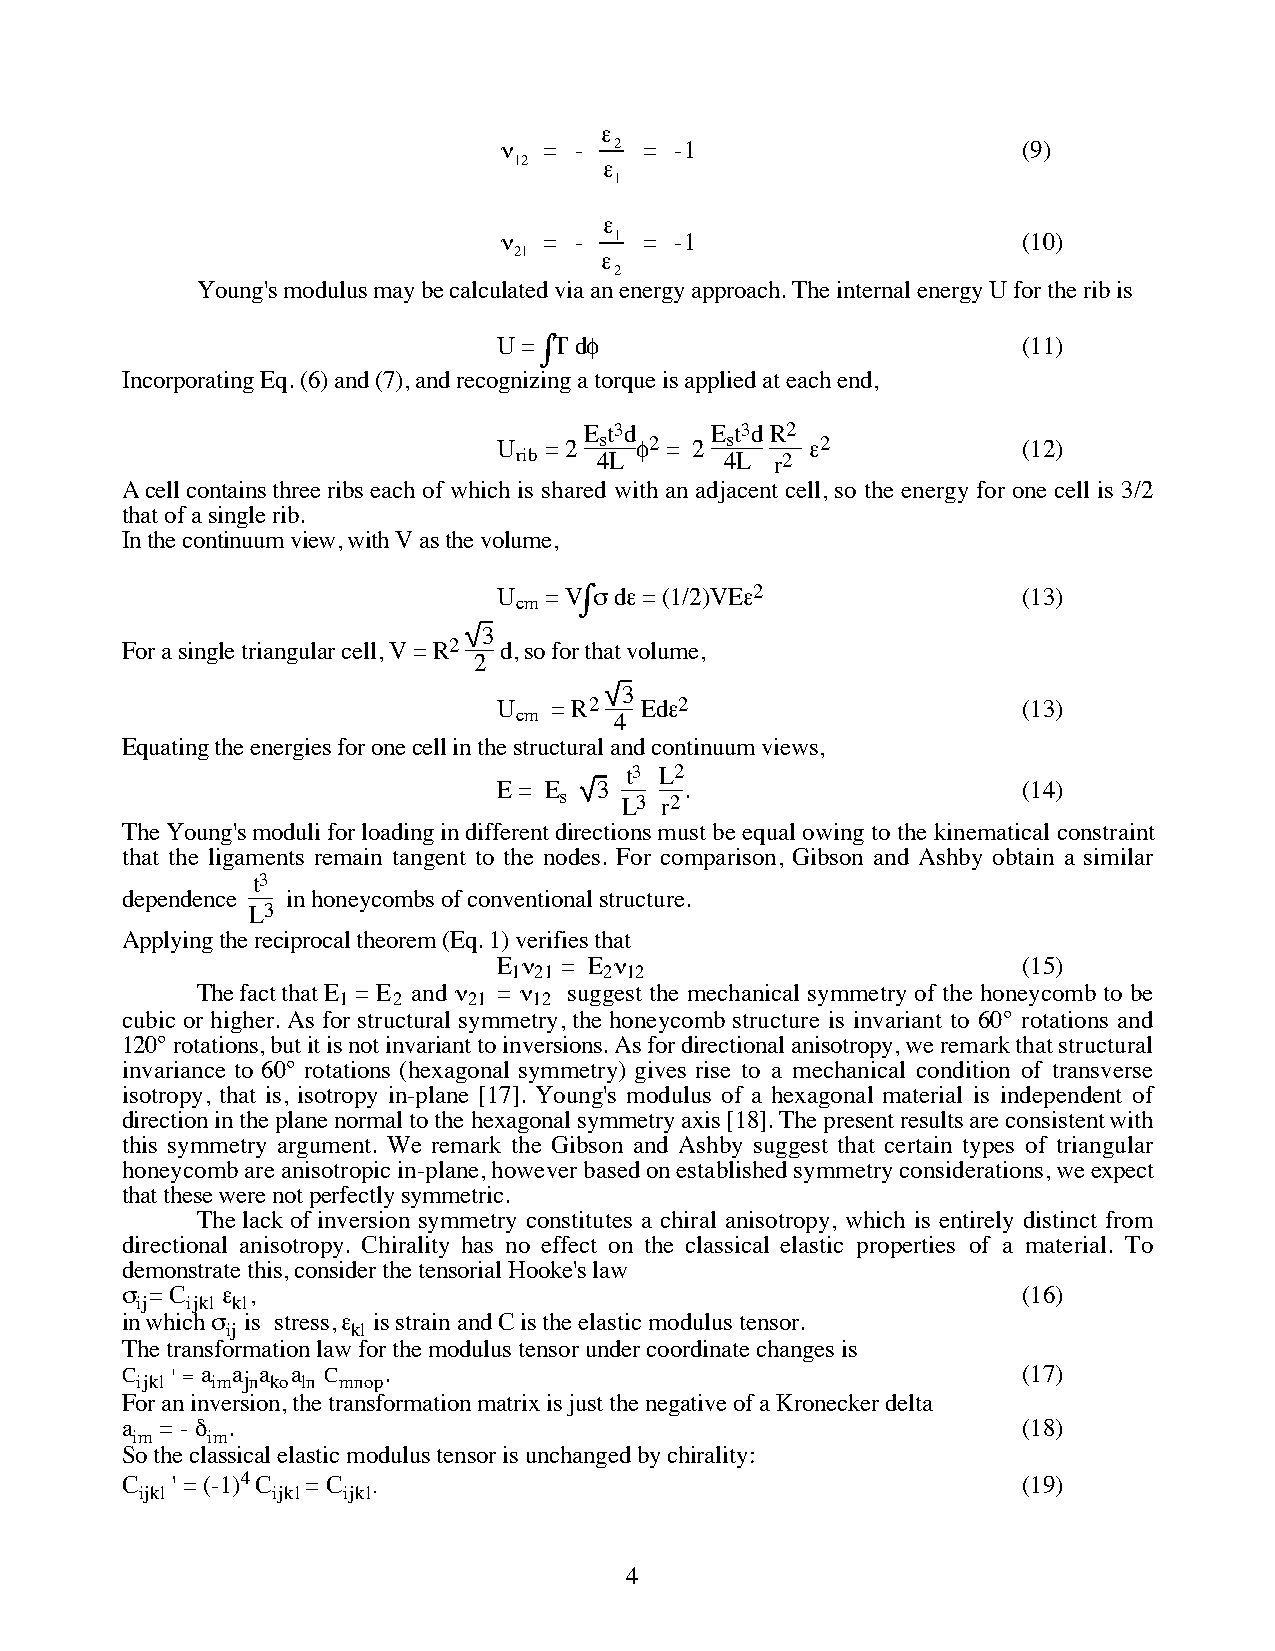
ε
 ν  = -  2 = -1                     (9)
 12    ε
 1
 ε
 ν  = -  1 = -1                     (10)
 21    ε
 2
 Young's modulus may be calculated via an energy approach. The internal energy U for the rib is
 U = ∫T dφ                          (11)
 Incorporating Eq. (6) and (7), and recognizing a torque is applied at each end,
 E t3d   E t3dR2
 U  = 2 s φ2 = 2 s    ε2            (12)
 rib   4L      4L r2
 A cell contains three ribs each of which is shared with an adjacent cell, so the energy for one cell is 3/2
 that of a single rib.
 In the continuum view, with V as the volume,
 U  = V∫σ dε = (1/2)VEε2            (13)
 cm
 3
 For a single triangular cell, V = R2 d, so for that volume,
 2
 3
 U  = R2  Edε2                      (13)
 cm     4
 Equating the energies for one cell in the structural and continuum views,
 t3 L2
 E = E  3    .                      (14)
 s   L3 r2
 The Young's moduli for loading in different directions must be equal owing to the kinematical constraint
 that the ligaments remain tangent to the nodes. For comparison, Gibson and Ashby obtain a similar
 t3
 dependence in honeycombs of conventional structure.
 L3
 Applying the reciprocal theorem (Eq. 1) verifies that
 E ν = E ν                          (15)
 1 21  2 12
 The fact that E = E and ν = ν suggest the mechanical symmetry of the honeycomb to be
 1   2    21  12
 cubic or higher. As for structural symmetry, the honeycomb structure is invariant to 60° rotations and
 120° rotations, but it is not invariant to inversions. As for directional anisotropy, we remark that structural
 invariance to 60° rotations (hexagonal symmetry) gives rise to a mechanical condition of transverse
 isotropy, that is, isotropy in-plane [17]. Young's modulus of a hexagonal material is independent of
 direction in the plane normal to the hexagonal symmetry axis [18]. The present results are consistent with
 this symmetry argument. We remark the Gibson and Ashby suggest that certain types of triangular
 honeycomb are anisotropic in-plane, however based on established symmetry considerations, we expect
 that these were not perfectly symmetric.
 The lack of inversion symmetry constitutes a chiral anisotropy, which is entirely distinct from
 directional anisotropy. Chirality has no effect on the classical elastic properties of a material. To
 demonstrate this, consider the tensorial Hooke's law
 σ = C  ε ,                                                  (16)
 ij ijkl kl
 in which σ is stress, ε is strain and C is the elastic modulus tensor.
 ij      kl
 The transformation law for the modulus tensor under coordinate changes is
 C ijkl ' = a imajna koa ln C mnop.                          (17)
 For an inversion, the transformation matrix is just the negative of a Kronecker delta
 a  = - δ .                                                  (18)
 im   im
 So the classical elastic modulus tensor is unchanged by chirality:
 C ijkl ' = (-1)4 C ijkl = C ijkl.                           (19)
 4